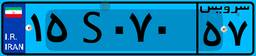
۱۵S۰۷۰۵۷